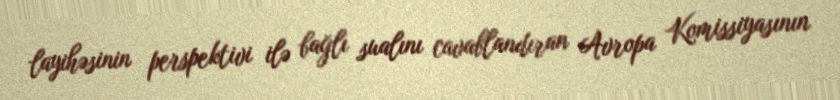
layihəsinin perspektivi ilə bağlı sualını cavablandıran Avropa Komissiyasının